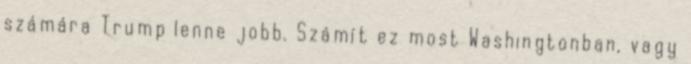
számára Trump lenne jobb. Számít ez most Washingtonban, vagy